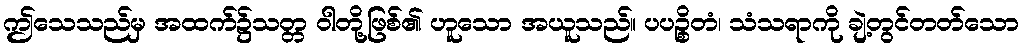
ဤသေသည်မှ အထက်၌သတ္တ ဝါတို့ဖြစ်၏ ဟူသော အယူသည်။ ပပဉ္စိတံ၊ သံသရာကို ချဲ့တွင်တတ်သော